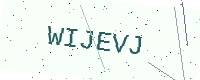
Text: WIJEVJ